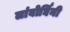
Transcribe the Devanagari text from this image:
लांबोर्घिनी